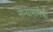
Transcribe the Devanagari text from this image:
संन्याशांपैकी